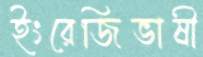
ইংরেজিভাষী